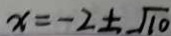
x = - 2 \pm \sqrt { 1 0 }